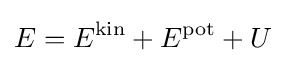
E=E^{\mathrm {kin} }+E^{\mathrm {pot} }+U